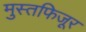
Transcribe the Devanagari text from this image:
मुस्तफिजूर